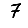
Digit: 7